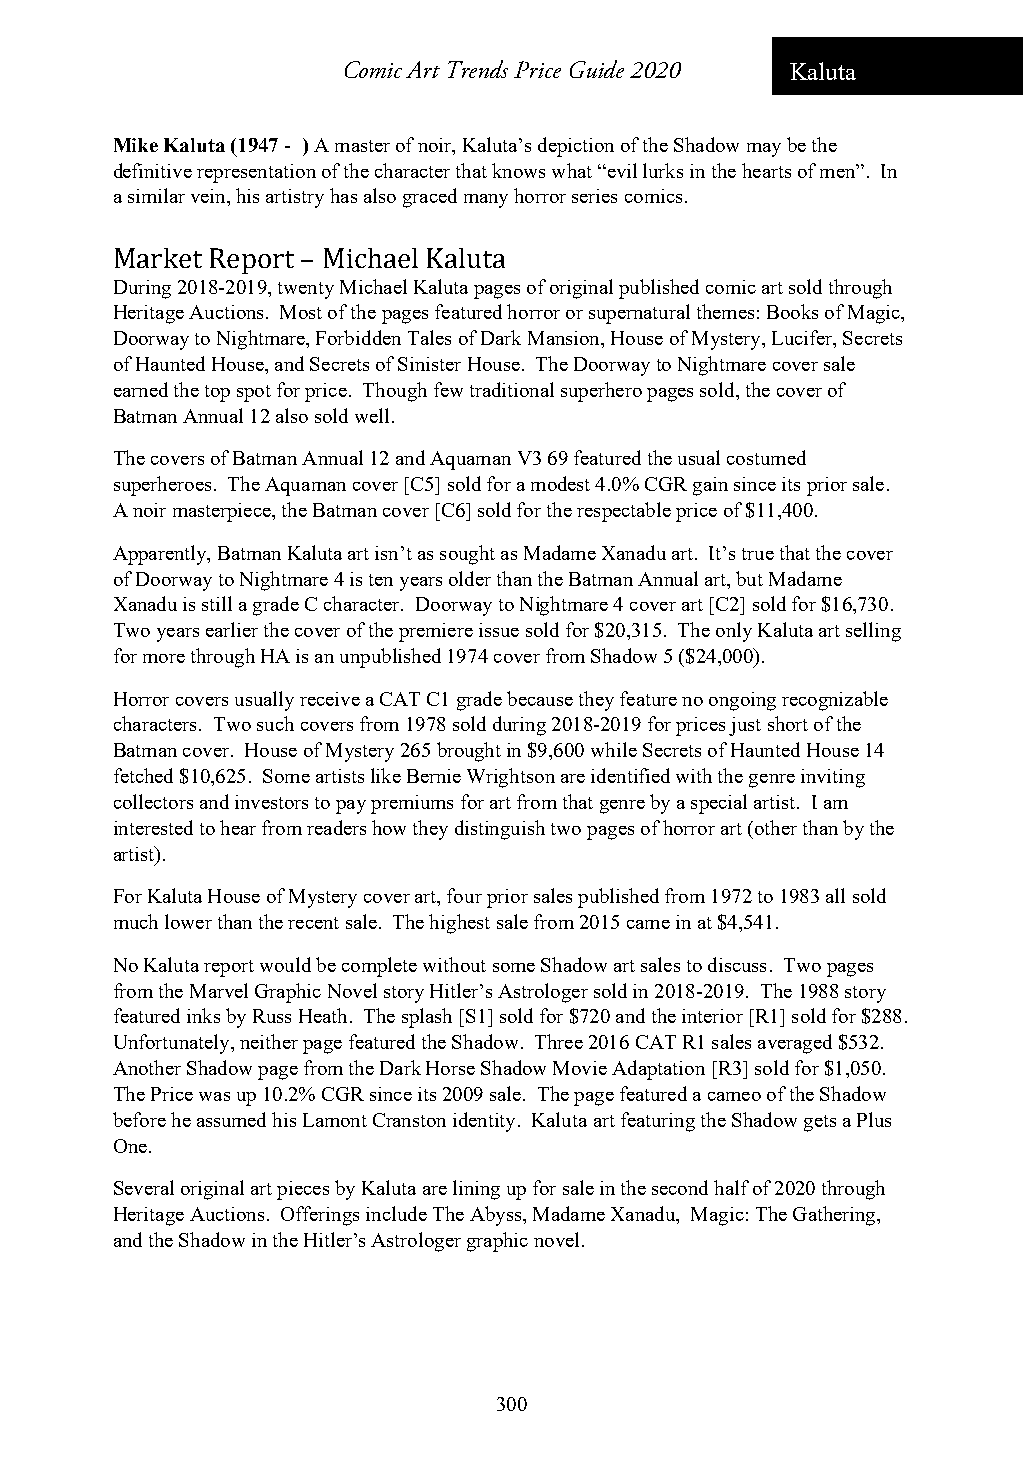
Comic Art Trends Price Guide 2020 Kaluta
 Mike Kaluta (1947 - ) A master of noir, Kaluta’s depiction of the Shadow may be the
 definitive representation of the character that knows what “evil lurks in the hearts of men”. In
 a similar vein, his artistry has also graced many horror series comics.
 Market Report – Michael Kaluta
 During 2018-2019, twenty Michael Kaluta pages of original published comic art sold through
 Heritage Auctions. Most of the pages featured horror or supernatural themes: Books of Magic,
 Doorway to Nightmare, Forbidden Tales of Dark Mansion, House of Mystery, Lucifer, Secrets
 of Haunted House, and Secrets of Sinister House. The Doorway to Nightmare cover sale
 earned the top spot for price. Though few traditional superhero pages sold, the cover of
 Batman Annual 12 also sold well.
 The covers of Batman Annual 12 and Aquaman V3 69 featured the usual costumed
 superheroes. The Aquaman cover [C5] sold for a modest 4.0% CGR gain since its prior sale.
 A noir masterpiece, the Batman cover [C6] sold for the respectable price of $11,400.
 Apparently, Batman Kaluta art isn’t as sought as Madame Xanadu art. It’s true that the cover
 of Doorway to Nightmare 4 is ten years older than the Batman Annual art, but Madame
 Xanadu is still a grade C character. Doorway to Nightmare 4 cover art [C2] sold for $16,730.
 Two years earlier the cover of the premiere issue sold for $20,315. The only Kaluta art selling
 for more through HA is an unpublished 1974 cover from Shadow 5 ($24,000).
 Horror covers usually receive a CAT C1 grade because they feature no ongoing recognizable
 characters. Two such covers from 1978 sold during 2018-2019 for prices just short of the
 Batman cover. House of Mystery 265 brought in $9,600 while Secrets of Haunted House 14
 fetched $10,625. Some artists like Bernie Wrightson are identified with the genre inviting
 collectors and investors to pay premiums for art from that genre by a special artist. I am
 interested to hear from readers how they distinguish two pages of horror art (other than by the
 artist).
 For Kaluta House of Mystery cover art, four prior sales published from 1972 to 1983 all sold
 much lower than the recent sale. The highest sale from 2015 came in at $4,541.
 No Kaluta report would be complete without some Shadow art sales to discuss. Two pages
 from the Marvel Graphic Novel story Hitler’s Astrologer sold in 2018-2019. The 1988 story
 featured inks by Russ Heath. The splash [S1] sold for $720 and the interior [R1] sold for $288.
 Unfortunately, neither page featured the Shadow. Three 2016 CAT R1 sales averaged $532.
 Another Shadow page from the Dark Horse Shadow Movie Adaptation [R3] sold for $1,050.
 The Price was up 10.2% CGR since its 2009 sale. The page featured a cameo of the Shadow
 before he assumed his Lamont Cranston identity. Kaluta art featuring the Shadow gets a Plus
 One.
 Several original art pieces by Kaluta are lining up for sale in the second half of 2020 through
 Heritage Auctions. Offerings include The Abyss, Madame Xanadu, Magic: The Gathering,
 and the Shadow in the Hitler’s Astrologer graphic novel.
 300